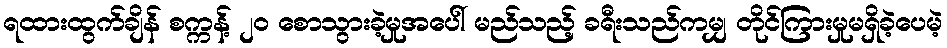
ရထားထွက်ချိန် စက္ကန့် ၂၀ စောသွားခဲ့မှုအပေါ် မည်သည့် ခရီးသည်ကမျှ တိုင်ကြားမှုမရှိခဲ့ပေမဲ့